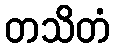
တသိတံ